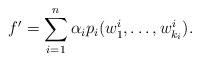
LaTeX: \begin{align*}f^{\prime}=\sum_{i=1}^n\alpha_ip_i(w_1^{i},\dots, w_{k_i}^{i}).\end{align*}